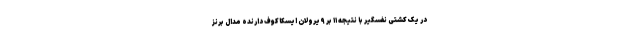
در یک کشتی نفسگیر با نتیجه ۱۱ بر ۹ یرولان ایسکاکوف دارنده مدال برنز